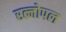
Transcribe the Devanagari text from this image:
रत्नोपल